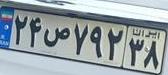
۲۴ص۷۹۲۳۸